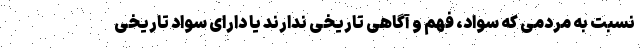
نسبت به مردمی که سواد، فهم و آگاهی تاریخی ندارند یا دارای سواد تاریخی